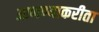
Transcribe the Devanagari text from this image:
आणण्याकरीता